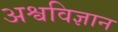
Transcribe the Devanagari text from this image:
अश्वविज्ञान